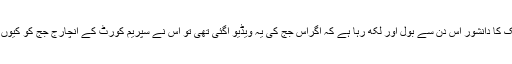
میرے ملک کا دانشور اس دن سے بول اور لکھ رہا ہے کہ اگراس جج کی یہ ویڈیو آگئی تھی تو اس نے سپریم کورٹ کے انچارج جج کو کیوں نہیں بتایا۔